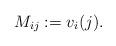
LaTeX: \begin{align*}M_{ij} := v_i(j).\end{align*}